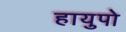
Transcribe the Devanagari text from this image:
हायुपो